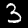
Digit: 3